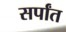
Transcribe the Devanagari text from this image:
सर्पांत